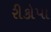
રીકોપા